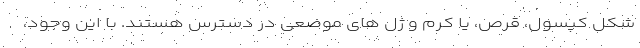
شکل کپسول، قرص، یا کرم و ژل های موضعی در دسترس هستند. با این وجود،